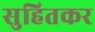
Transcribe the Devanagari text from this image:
सुहितकर